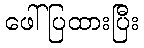
ဖေါ်ပြထားပြီး